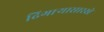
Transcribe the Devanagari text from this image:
ढिगाऱ्यासारखे